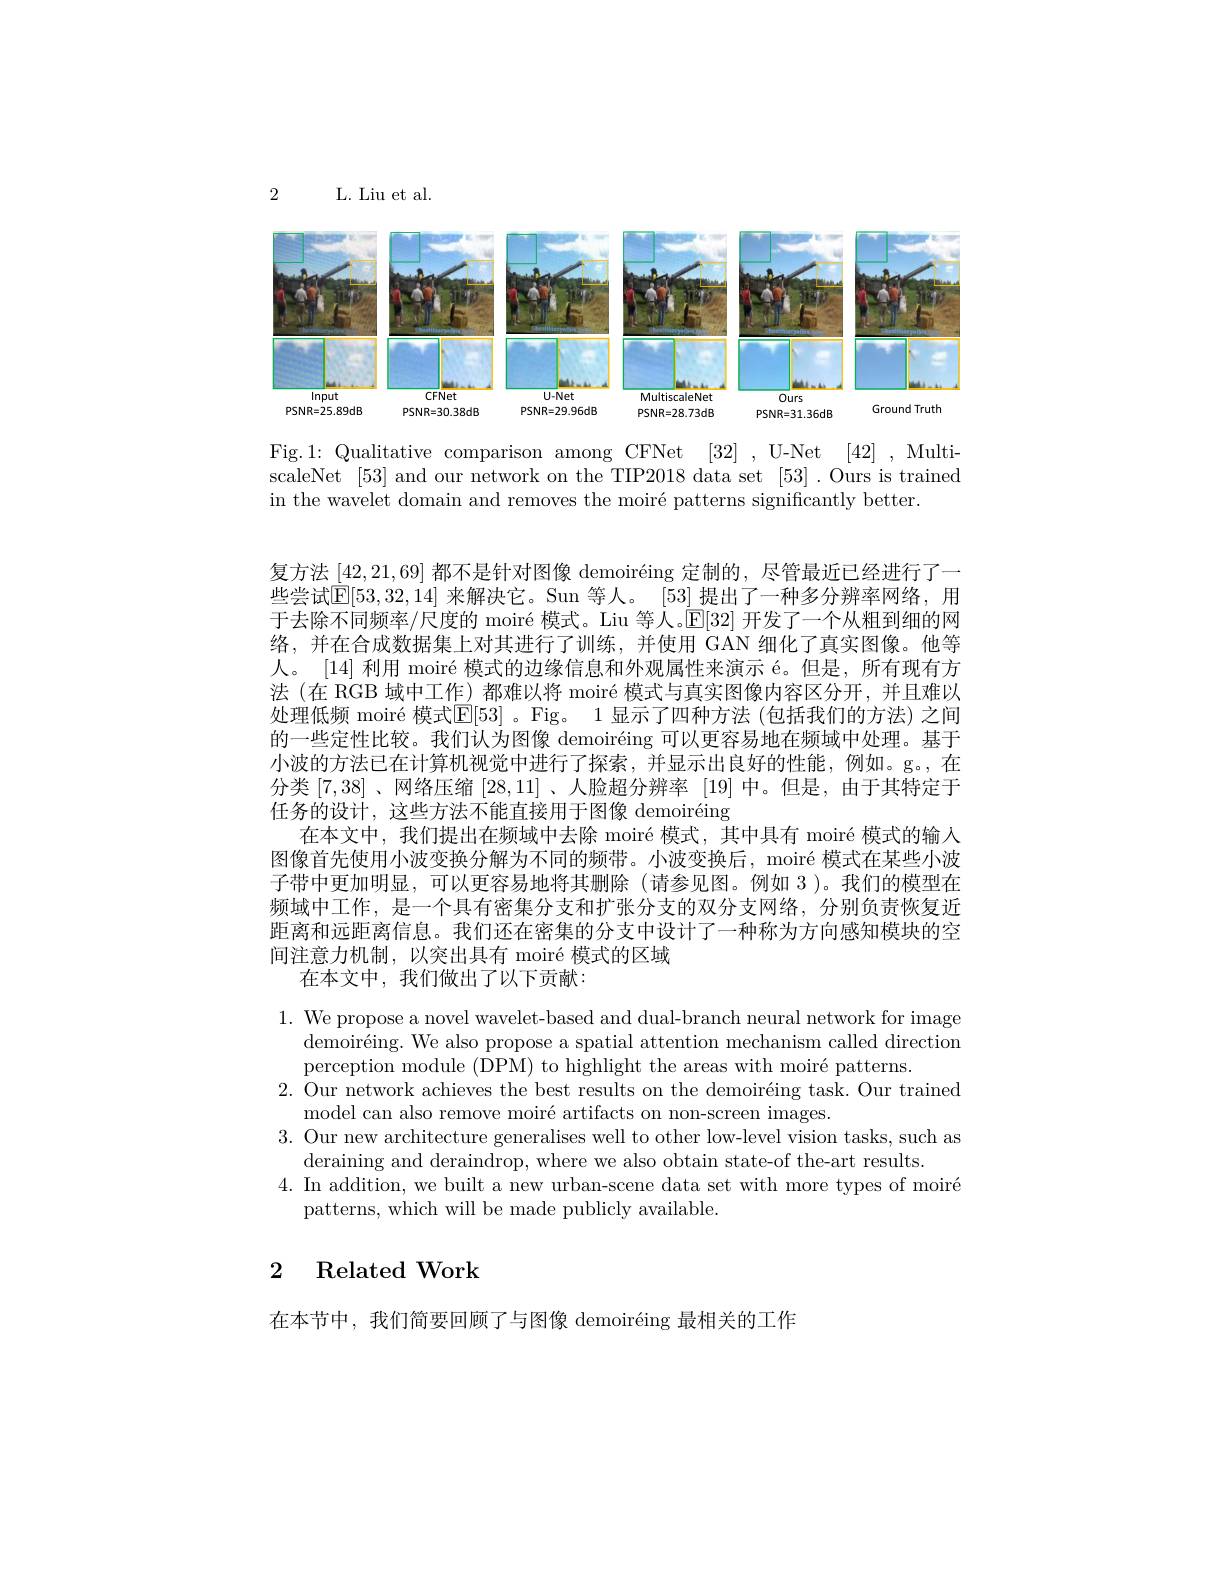
2

L. Liu et al.

<FigureHere>

Fig.1: Qualitative comparison among CFNet [32] , U-Net [42] , MultiscaleNet [53] and our network on the TIP2018 data set [53]. Ours is trained in the wavelet domain and removes the moiré patterns significantly better.

复方法[42,21,69]都不是针对图像 demoiréing 定制的，尽管最近已经进行了一些尝试$\mathbb{E}[53,32,14]$ 来解决它。Sun 等人。[53] 提出了一种多分辨率网络，用于去除不同频率/尺度的 moiré 模式。Liu 等人。$\mathbb{E}[32]$开发了一个从粗到细的网络，并在合成数据集上对其进行了训练，并使用 GAN 细化了真实图像。他等人。[14] 利用 moiré 模式的边缘信息和外观属性来演示 é。但是，所有现有方法(在 RGB 域中工作)都难以将 moiré 模式与真实图像内容区分开，并且难以处理低频 moiré 模式$\mathbb{E}[53]$。Fig。1 显示了四种方法 (包括我们的方法) 之间的一些定性比较。我们认为图像 demoiréing 可以更容易地在频域中处理。基于小波的方法已在计算机视觉中进行了探索，并显示出良好的性能，例如。g。,在分类[7,38]、网络压缩[28,11] 、人脸超分辨率[19]中。但是，由于其特定于任务的设计，这些方法不能直接用于图像 demoiréing
在本文中，我们提出在频域中去除 moiré 模式，其中具有 moiré 模式的输入图像首先使用小波变换分解为不同的频带。小波变换后，moiré 模式在某些小波子带中更加明显，可以更容易地将其删除(请参见图。例如 3 )。我们的模型在频域中工作，是一个具有密集分支和扩张分支的双分支网络，分别负责恢复近距离和远距离信息。我们还在密集的分支中设计了一种称为方向感知模块的空间注意力机制，以突出具有 moiré 模式的区域
在本文中，我们做出了以下贡献：

1. We propose a novel wavelet-based and dual-branch neural network for image
demoiréing. We also propose a spatial attention mechanism called direction
perception module (DPM) to highlight the areas with moiré patterns.
2. Our network achieves the best results on the demoiréing task. Our trained
model can also remove moiré artifacts on non-screen images.
3. Our new architecture generalises well to other low-level vision tasks, such as
deraining and deraindrop, where we also obtain state-of the-art results.
4. In addition, we built a new urban-scene data set with more types of moiré
patterns, which will be made publicly available.

# 2 Related Work

在本节中，我们简要回顾了与图像 demoiréing 最相关的工作